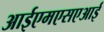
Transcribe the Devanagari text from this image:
आईएमएसएआई